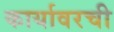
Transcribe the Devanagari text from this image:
कार्यावरची